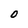
Character: O